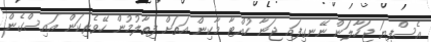
އެސްފިޔަ ޖަހާލަން ނޭނގިފައި ޖަނާ ހުއްޓާ މާކިން އަތަށް ފިތާލުމުން ހޭވެރިކަން އައިސްގެން